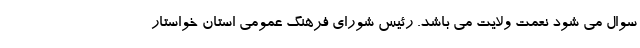
سوال می شود نعمت ولایت می باشد. رئیس شورای فرهنگ عمومی استان خواستار